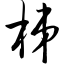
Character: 梯